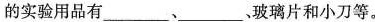
的实验用品有___、___、玻璃片和小刀等。